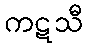
ကဋသီ